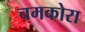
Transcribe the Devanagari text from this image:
चमकोरा